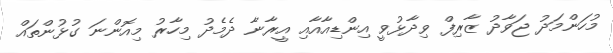
މުހަންމަދު ޖަވާދު ޒާރިފް ވިދާޅުވީ އިންޑިއާއާއި އީރާނާ ދެމެދު މިހާރު މިއޮންނަ ގުޅުންތައް